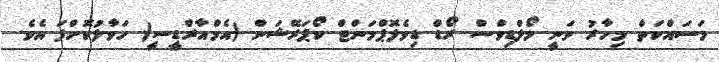
މަސައްކަތް މިހާރު ވަނީ މޯލްޑިވްސް ރޯޑް ޑިވެލޮޕްމަންޓް ކޯޕަރޭޝަން (އެމްއާރްޑީސީ) ހަވާލުކޮށްފަ އެވެ.